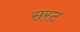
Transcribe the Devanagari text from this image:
सरट